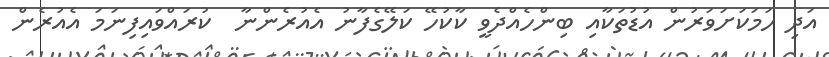
އަދި ހަމަކަށަވަރުން އުޑުތަކާއި ބިންހެއްދެވީ ކާކުހޭ ކަލޭގެފާނު އެއުރެންނާ  ކުރައްވައިފިނަމަ އެއުރެން